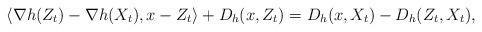
LaTeX: \begin{align*}\langle \nabla h(Z_t) - \nabla h(X_t), x- Z_t\rangle + D_h(x, Z_t) = D_h(x, X_t)-D_h(Z_t, X_t), \end{align*}